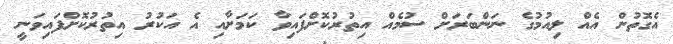
އެގޮތުން އެއް ލިއުމުގެ ނަންބަރަށް ސުމެއް އިތުރުކޮށްފައިވާ ކަމަށާއި އެ އަކުރު އިތުރުކޮށްފައިވަނީ